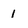
Character: 1